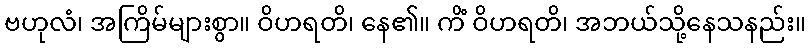
ဗဟုလံ၊ အကြိမ်များစွာ။ ဝိဟရတိ၊ နေ၏။ ကိံ ဝိဟရတိ၊ အဘယ်သို့နေသနည်း။